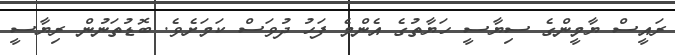
ރައީސް ޔާމީންގެ ސިޔާސީ ހަޔާތުގެ އެންމެ ފަހު ދުވަސް ކަމަށެެވެ. ބޮޑުތަނުން ރިޔާސީ